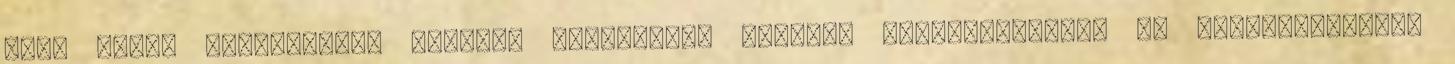
áll; ettől függetlenül azonban érzéseitek őszinte azonosításával és megnevezésével